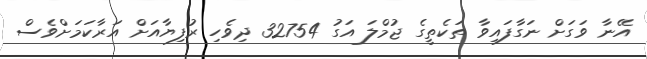
އޭނާ ވަގަށް ނަގާފައިވާ ތަކެތީގެ ޖުމްލަ އަގު 32754 ދިވެހި ރުފިޔާއަށް އަރާކަމަށްވެސް